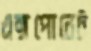
এক্সপোনেট